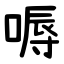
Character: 嗕